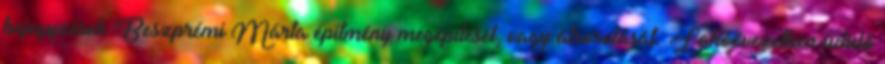
bejegyzések Beszprémi Márta építmény megépítését, vagy átsorolását. Lakóövezetben üdülő